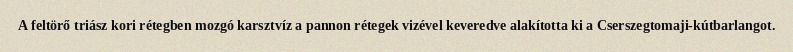
A feltörő triász kori rétegben mozgó karsztvíz a pannon rétegek vizével keveredve alakította ki a Cserszegtomaji-kútbarlangot.